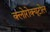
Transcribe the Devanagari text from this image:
क्लोरोक्यूटोल